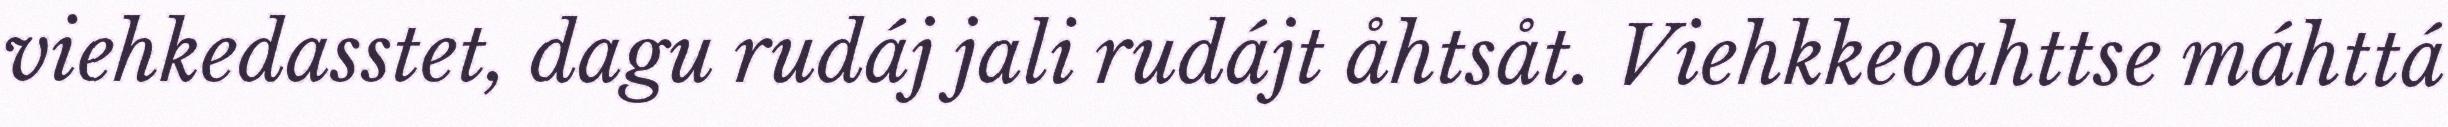
viehkedasstet, dagu rudáj jali rudájt åhtsåt. Viehkkeoahttse máhttá